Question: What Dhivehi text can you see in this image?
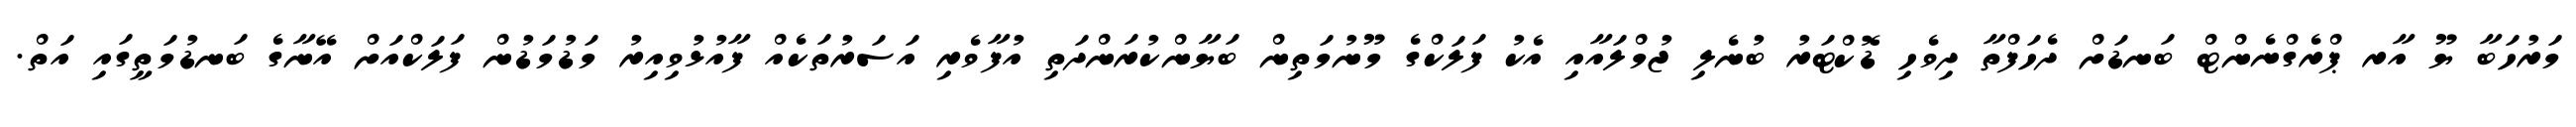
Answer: މަރުހަބާ ޔޫ އާރ ޕްރެގްނެންޓް ބަނޑަށް ދެހަފްތާ ދިވެހި ޑޮކްޓަރު ބުނެލި ޖުމްލައާއި އެކު ފަލަކްގެ މޫނުމަތިން ބަޔާންކުރަންދަތި އުފާވެރި އަސަރުތަކެއް ފާއުޅުވިއިރު މަޑުމަޑުން ފަލަކްއަށް އޭނާގެ ބަނޑުމަތީގައި އަތް.